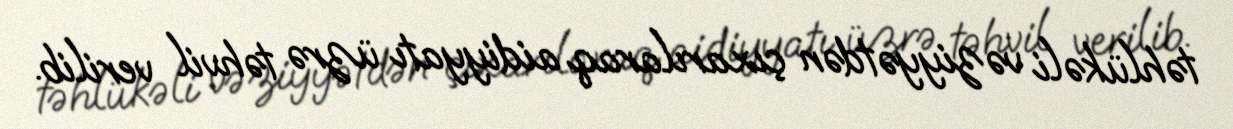
təhlükəli vəziyyətdən çıxarılaraq aidiyyatı üzrə təhvil verilib.